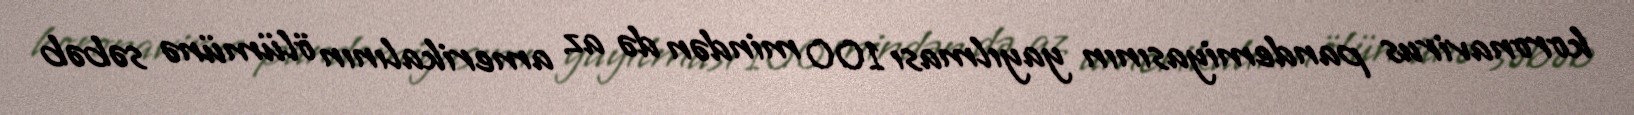
koronavirus pandemiyasının yayılması 100 mindən də az amerikalının ölümünə səbəb